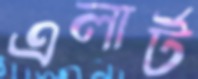
এলার্ট